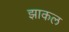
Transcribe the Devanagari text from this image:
झाकल